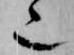
也